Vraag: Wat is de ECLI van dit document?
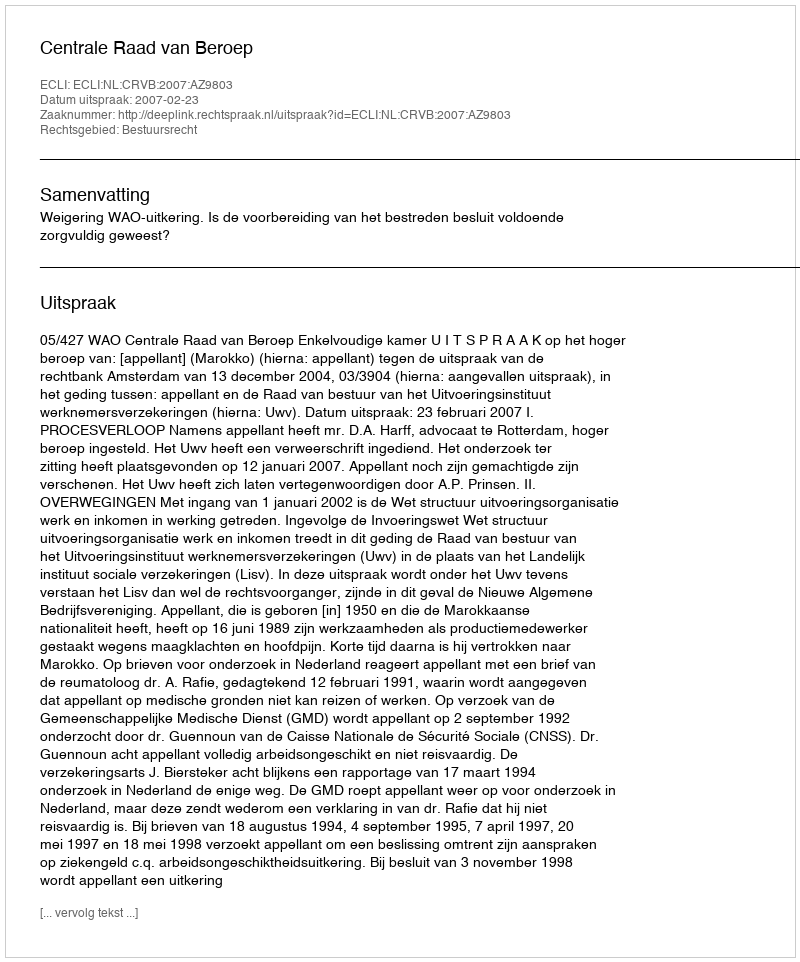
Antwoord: ECLI:NL:CRVB:2007:AZ9803